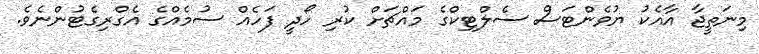
މިނަތީޖާ އާއެކު ޔުވެންޓަސް ސެލްޓިކްގެ މައްޗަށް ކުރި ހޯދީ ފަހެއް ސުމެއްގެ އެގްރިގެޓުންނެވެ.